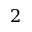
2